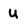
Character: u